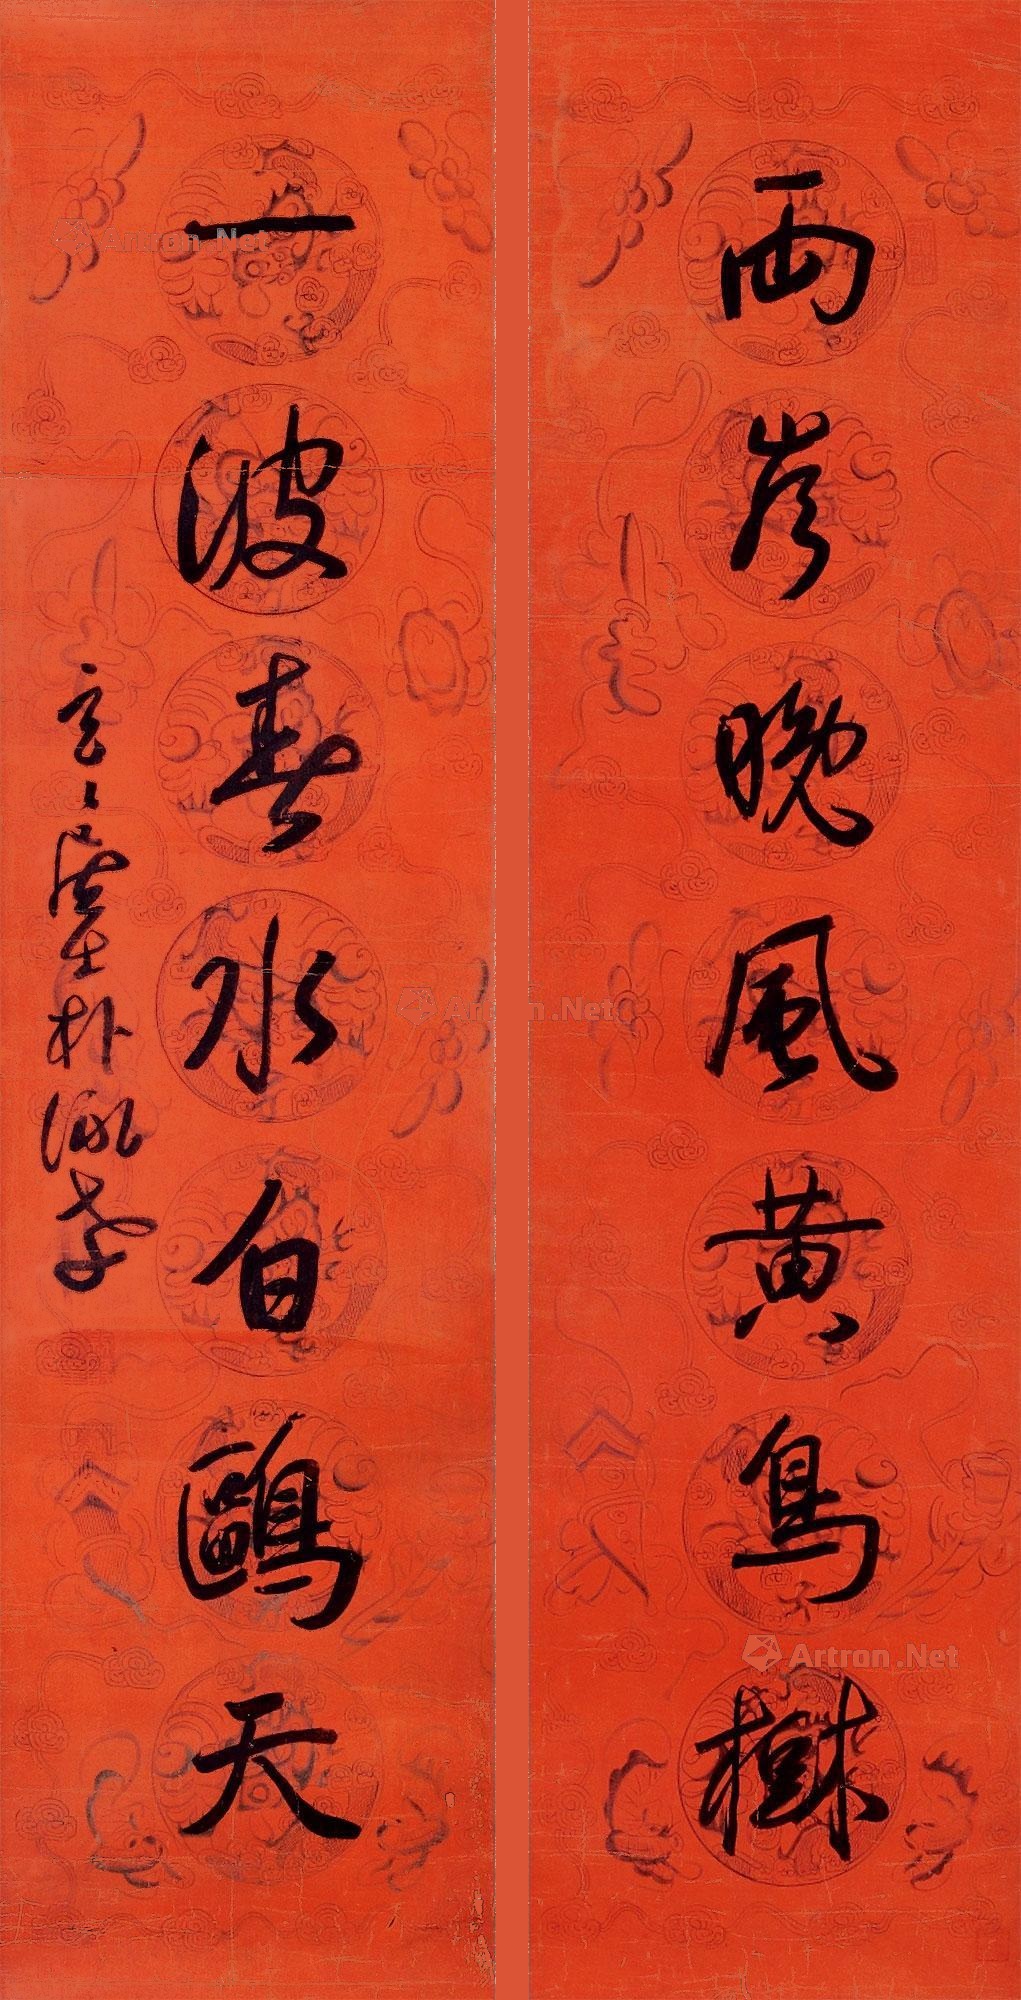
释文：两岸晚风黄鸟树，一波春水白鸥天。玄玄居士朴泳孝。